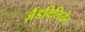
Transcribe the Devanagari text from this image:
ज़ैंडविलियेट